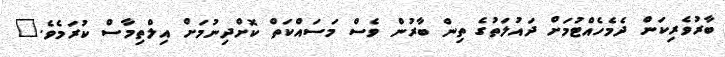
ބާރުވެރިކަން ދެމެހެއްޓުމަށް ދައުލަތުގެ ތިން ބާރުން ވެސް މަސައްކަތް ކޮށްދިނުމަށް އިލްތިމާސް ކުރަމެވެ."